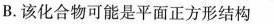
B.该化合物可能是平面正方形结构